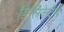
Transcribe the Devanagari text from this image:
डिलिकेटेंस